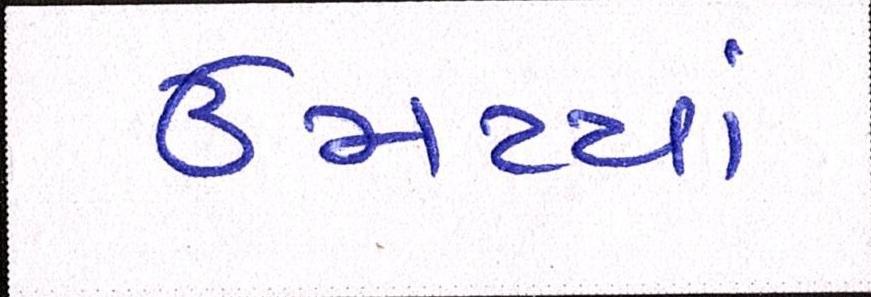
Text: ઉમટયાં